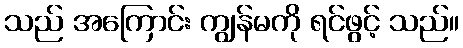
သည် အကြောင်း ကျွန်မကို ရင်ဖွင့် သည်။